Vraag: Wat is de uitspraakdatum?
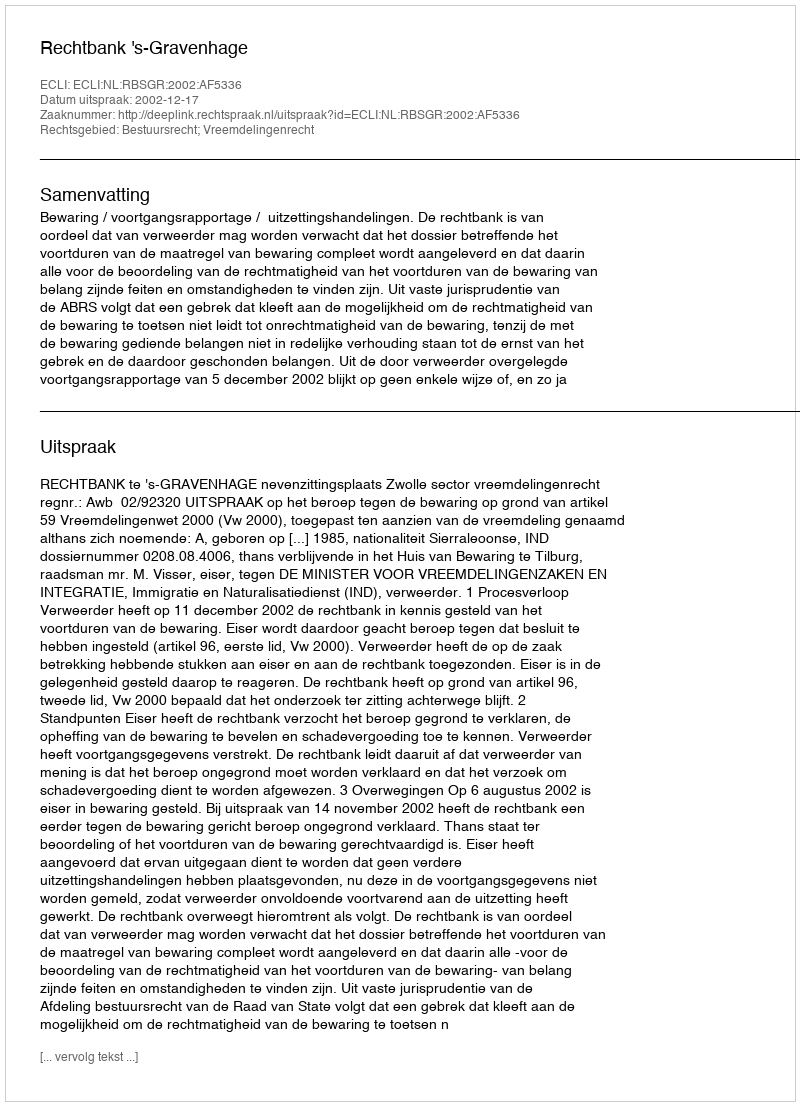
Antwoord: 2002-12-17